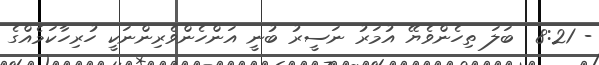
- 8:21  ބަލަ ތިހެންވެޔޭ އުމަރު ނަސީރު ބުނީ އަންހެންވެރިންނަކީ ހުރިހާކަމެއްގެ